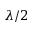
\lambda / 2